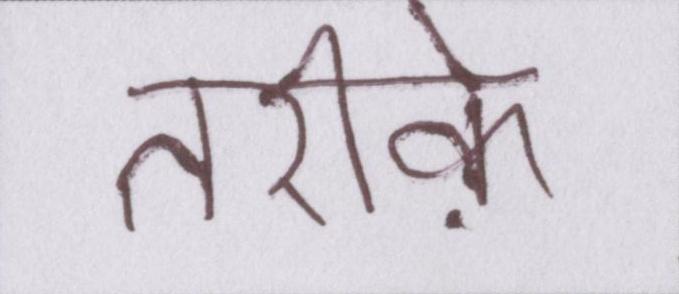
तरीके़